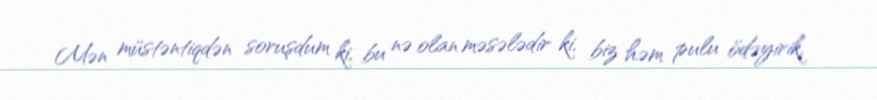
Mən müstəntiqdən soruşdum ki, bu nə olan məsələdir ki, biz həm pulu ödəyirik,